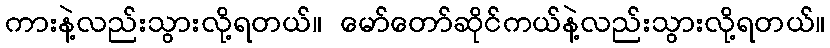
ကားနဲ့လည်းသွားလို့ရတယ်။ မော်တော်ဆိုင်ကယ်နဲ့လည်းသွားလို့ရတယ်။